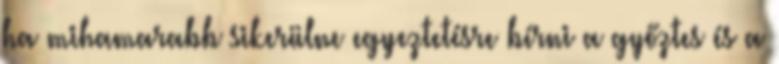
ha mihamarabb sikerülne egyeztetésre bírni a győztes és a